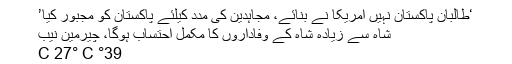
‘طالبان پاکستان نہیں امریکا نے بنائے، مجاہدین کی مدد کیلئے پاکستان کو مجبور کیا’
شاہ سے زیادہ شاہ کے وفاداروں کا مکمل احتساب ہوگا، چیرمین نیب
39° C 27° C